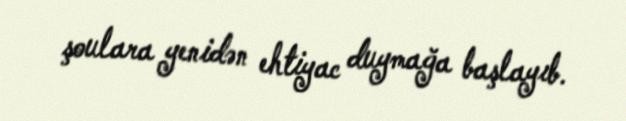
şoulara yenidən ehtiyac duymağa başlayıb.